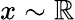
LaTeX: x\sim\mathbb{R}